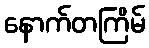
နောက်တကြိမ်